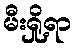
မီးရှို့ရာ